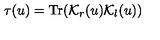
\tau ( u ) = \mathrm { T r } ( { \cal K } _ { r } ( u ) { \cal K } _ { l } ( u ) )